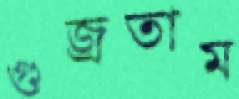
গুজ্‌রতাম